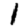
Digit: 1